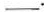
___。